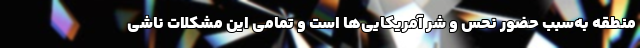
منطقه به‌سبب حضور نحس و شرّ آمریکایی‌ها است و تمامی این مشکلات ناشی